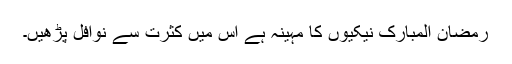
رمضان المبارک نیکیوں کا مہینہ ہے اس میں کثرت سے نوافل پڑھیں۔